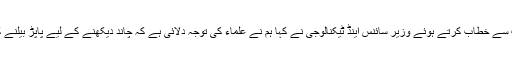
لانچنگ کی تقریب سے خطاب کرتے ہوئے وزیر سائنس اینڈ ٹیکنالوجی نے کہا ہم نے علماء کی توجہ دلائی ہے کہ چاند دیکھنے کے لیے پاپڑ بیلنے کی ضرورت نہیں۔